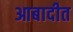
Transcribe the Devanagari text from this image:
आबादीत